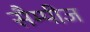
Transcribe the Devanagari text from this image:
सैम्पीज